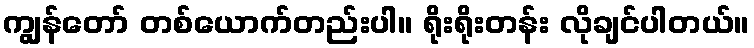
ကျွန်တော် တစ်ယောက်တည်းပါ။ ရိုးရိုးတန်း လိုချင်ပါတယ်။